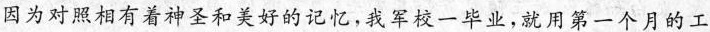
因为对照相有着神圣和美好的记忆，我军校一毕业，就用第一个月的工